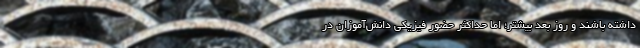
داشته باشند و روز بعد بیشتر؛ اما حداکثر حضور فیزیکی دانش‌آموزان در